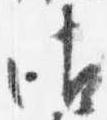
御